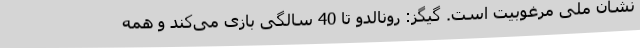
نشان ملی مرغوبیت است. گیگز: رونالدو تا 40 سالگی بازی می‌کند و همه